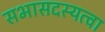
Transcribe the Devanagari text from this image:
सभासदस्यत्वा